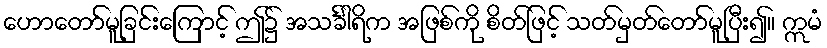
ဟောတော်မူခြင်းကြောင့် ဤ၌ အသင်္ခါရိက အဖြစ်ကို စိတ်ဖြင့် သတ်မှတ်တော်မူပြီး၍။ ဣမံ